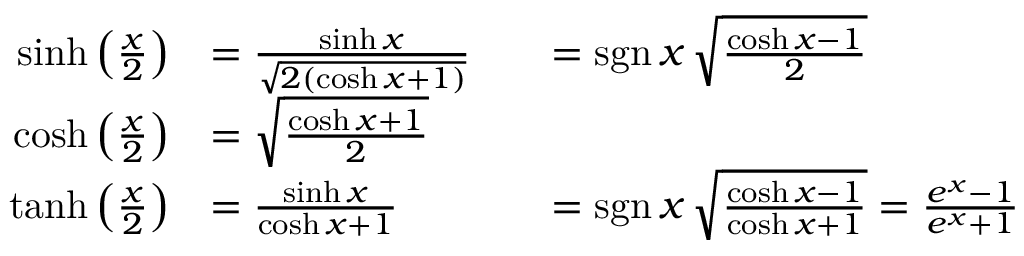
{ \begin{array} { r l r l } { \sinh \left( { \frac { x } { 2 } } \right) } & { = { \frac { \sinh x } { \sqrt { 2 ( \cosh x + 1 ) } } } } & & { = \operatorname { s g n } x \, { \sqrt { \frac { \cosh x - 1 } { 2 } } } } \\ { \cosh \left( { \frac { x } { 2 } } \right) } & { = { \sqrt { \frac { \cosh x + 1 } { 2 } } } } \\ { \operatorname { t a n h } \left( { \frac { x } { 2 } } \right) } & { = { \frac { \sinh x } { \cosh x + 1 } } } & & { = \operatorname { s g n } x \, { \sqrt { \frac { \cosh x - 1 } { \cosh x + 1 } } } = { \frac { e ^ { x } - 1 } { e ^ { x } + 1 } } } \end{array} }